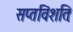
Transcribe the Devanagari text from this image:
सप्तविंशतिः